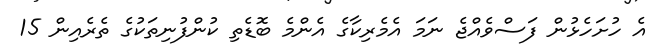
އެ ހުށަހެޅުން ފަސްވެއްޖެ ނަމަ އެމެރިކާގެ އެންމެ ބޮޑެތި ކުންފުނިތަކުގެ ތެރެއިން 15